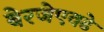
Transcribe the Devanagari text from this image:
बेरजेएवढे